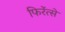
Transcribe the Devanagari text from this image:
फिरेंत्से